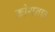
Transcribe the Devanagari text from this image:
कोयनाव